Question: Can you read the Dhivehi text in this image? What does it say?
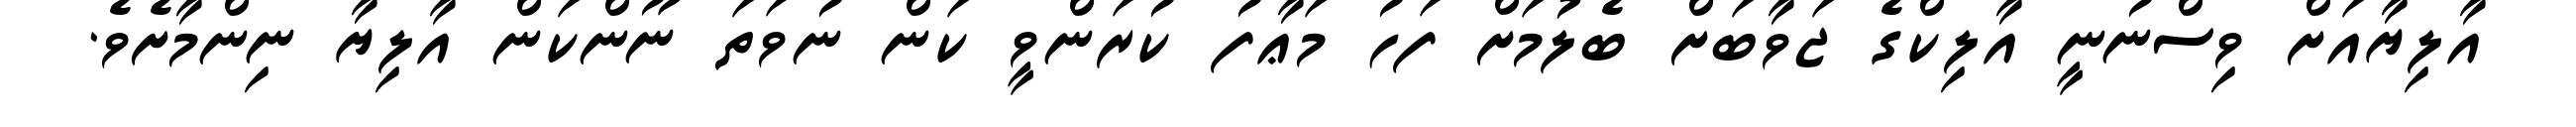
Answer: އާލިޔާއަށް ވިސްނުނީ އާލިކްގެ ޖަވާބަށް ބެލުމަށް ފަހު މަޢާފު ކުރަންވީ ކަން ނުވަތަ ނޫންކަން އާލިޔާ ނިންމާށެވެ.